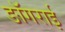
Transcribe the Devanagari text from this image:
ङॉगराई